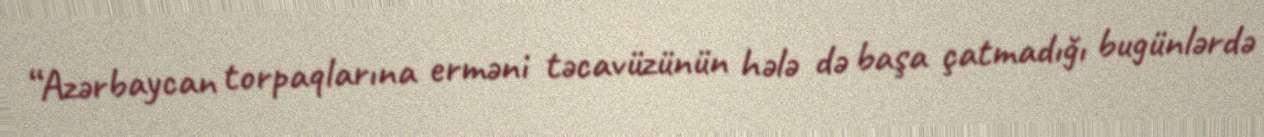
“Azərbaycan torpaqlarına erməni təcavüzünün hələ də başa çatmadığı bugünlərdə